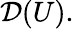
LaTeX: {\mathcal{D}}(U).